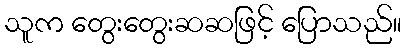
သူက တွေးတွေးဆဆဖြင့် ပြောသည်။